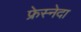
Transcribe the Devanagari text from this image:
फ्रेस्नेदा